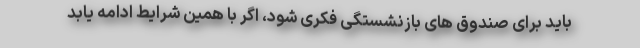
باید برای صندوق های بازنشستگی فکری شود، اگر با همین شرایط ادامه یابد